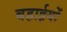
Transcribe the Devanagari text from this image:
बहाईयों